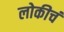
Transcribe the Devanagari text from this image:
लोकीचं